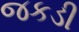
જકડી